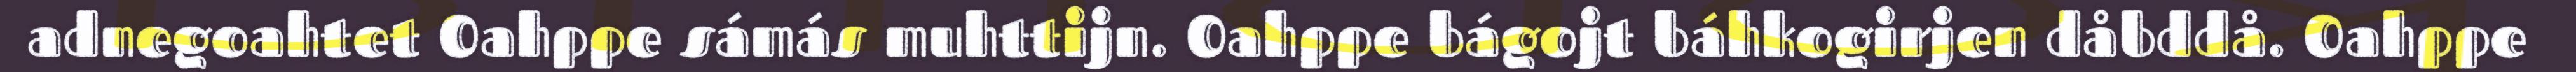
adnegoahtet Oahppe sámás muhttijn. Oahppe bágojt báhkogirjen dåbddå. Oahppe